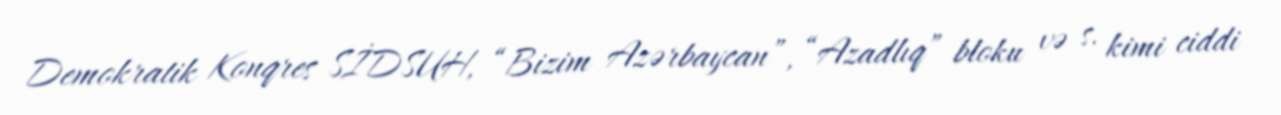
Demokratik Konqres SİDSUH, “Bizim Azərbaycan”, “Azadlıq” bloku və s. kimi ciddi